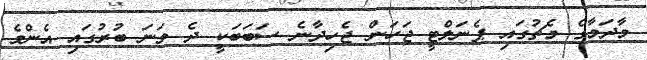
މާދަމާގެ މެޗުގައި ޕެނަލްޓީ ޖަހަން ޖެހިދާނެ ސަބަބަކީ ދެ ވަނަ ބުރުގައި އެންމެ